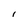
Character: I